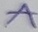
Text: A